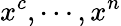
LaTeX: x^{c},\cdots,x^{n}